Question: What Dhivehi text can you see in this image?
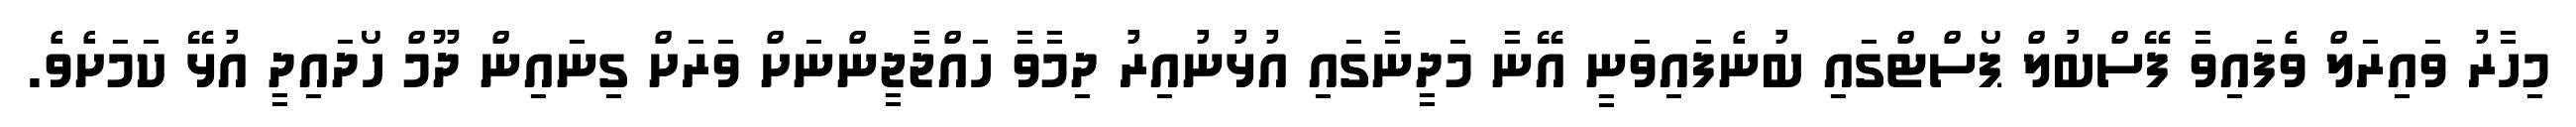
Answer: މިހާރު ވައިރަލް ވެފައިވާ ފޭސްބުލް ޕޯސްޓްގައި ބުނެފައިވަނީ އޭނާ މަދީނާގައި އުޅުނުއިރު ދިމާވާ ހައްޖާޖީންނަށް ވަރަށް ގިނައިން ދޫމް ހޯދައިދީ އުޅޭ ކަމަށެވެ.